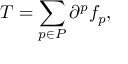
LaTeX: T = \sum _ { p \in P } \partial ^ { p } f _ { p } ,